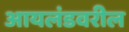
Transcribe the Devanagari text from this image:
आयलंडवरील